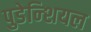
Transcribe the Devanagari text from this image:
पुडेन्शियल